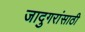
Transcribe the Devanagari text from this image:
जादुगरांसाठी